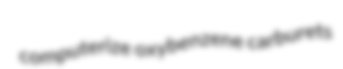
computerize oxybenzene carburets